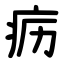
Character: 疬